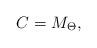
LaTeX: \begin{align*}C = M_{\Theta},\end{align*}